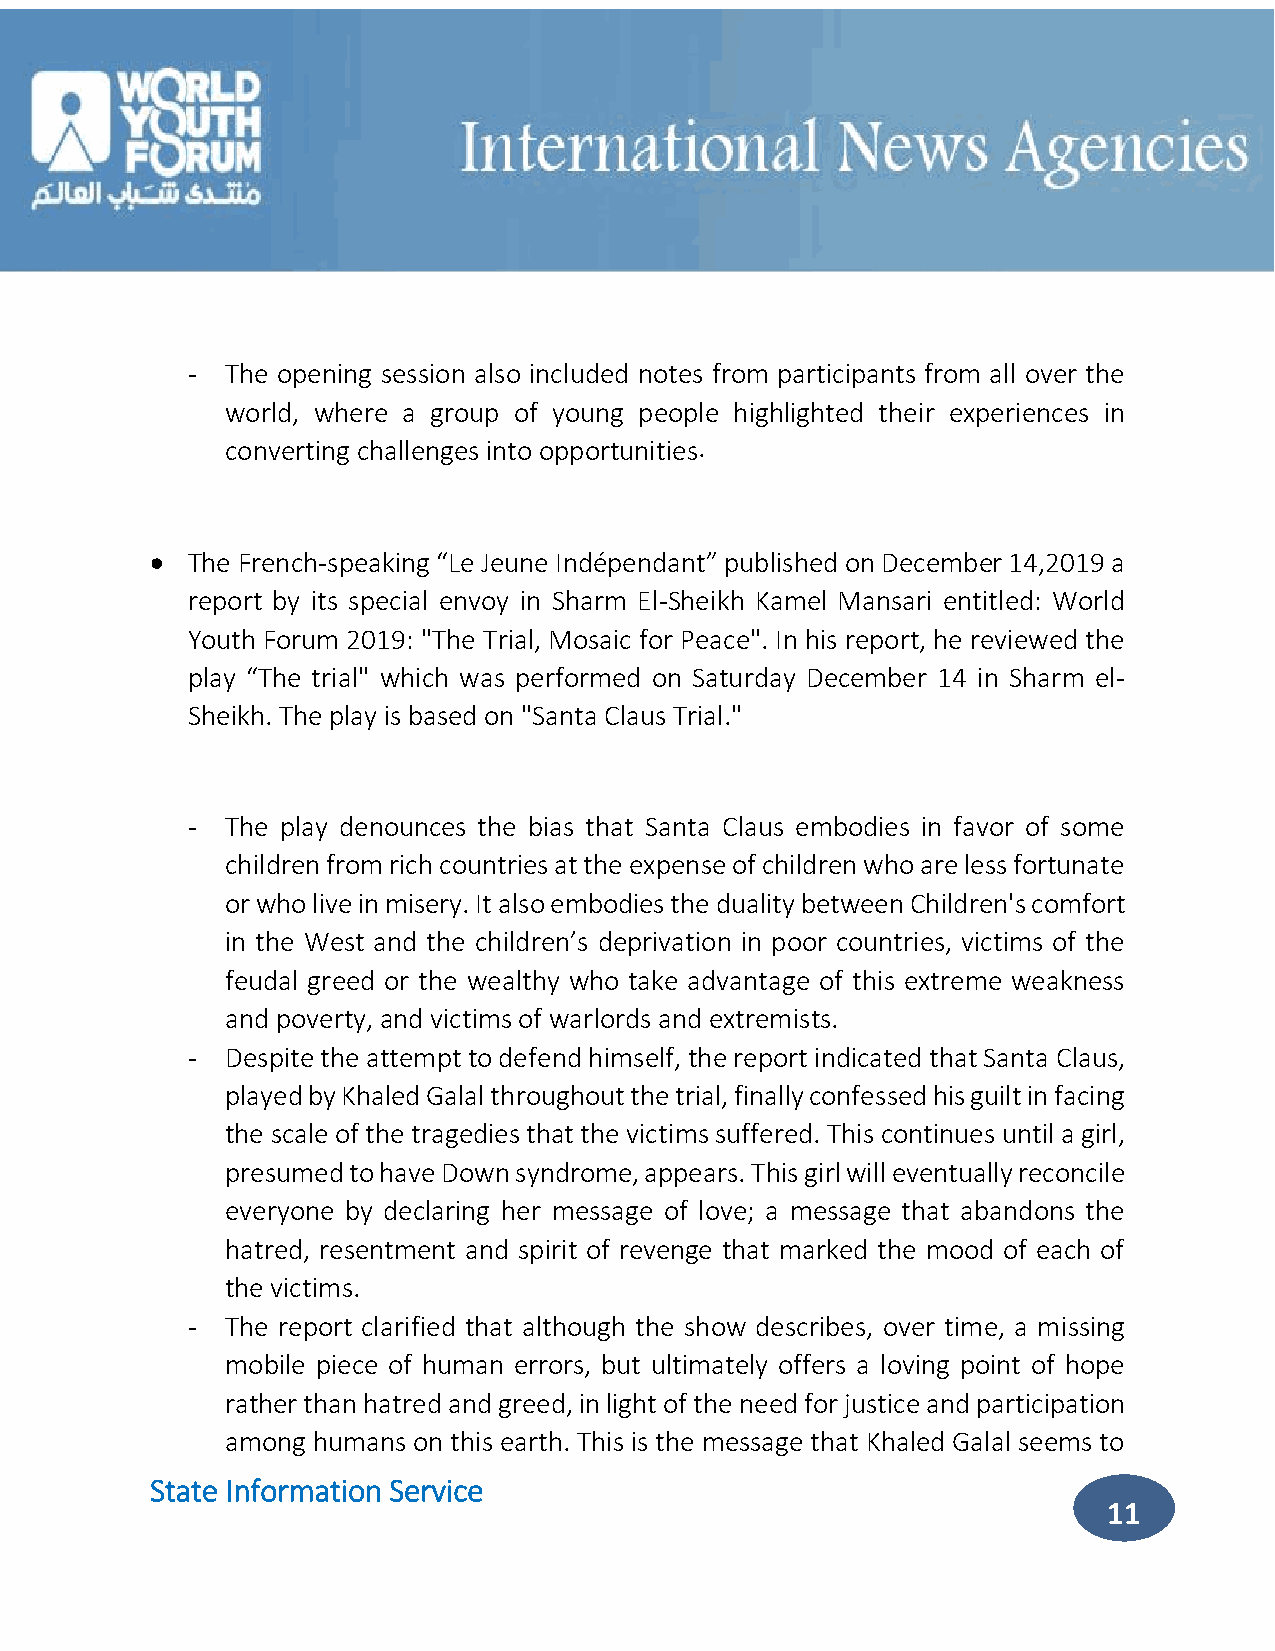
-  The opening session also included notes from participants from all over the
 world, where a group of young people highlighted their experiences in
 converting challenges into opportunities .
  The French-speaking “Le Jeune Indépendant” published on December 14,2019 a
 report by its special envoy in Sharm El-Sheikh Kamel Mansari entitled: World
 Youth Forum 2019: "The Trial, Mosaic for Peace". In his report, he reviewed the
 play “The trial" which was performed on Saturday December 14 in Sharm el-
 Sheikh. The play is based on "Santa Claus Trial."
 -  The play denounces the bias that Santa Claus embodies in favor of some
 children from rich countries at the expense of children who are less fortunate
 or who live in misery. It also embodies the duality between Children's comfort
 in the West and the children’s deprivation in poor countries, victims of the
 feudal greed or the wealthy who take advantage of this extreme weakness
 and poverty, and victims of warlords and extremists.
 -  Despite the attempt to defend himself, the report indicated that Santa Claus,
 played by Khaled Galal throughout the trial, finally confessed his guilt in facing
 the scale of the tragedies that the victims suffered. This continues until a girl,
 presumed to have Down syndrome, appears. This girl will eventually reconcile
 everyone by declaring her message of love; a message that abandons the
 hatred, resentment and spirit of revenge that marked the mood of each of
 the victims.
 -  The report clarified that although the show describes, over time, a missing
 mobile piece of human errors, but ultimately offers a loving point of hope
 rather than hatred and greed, in light of the need for justice and participation
 among humans on this earth. This is the message that Khaled Galal seems to
 State Information Service
 11